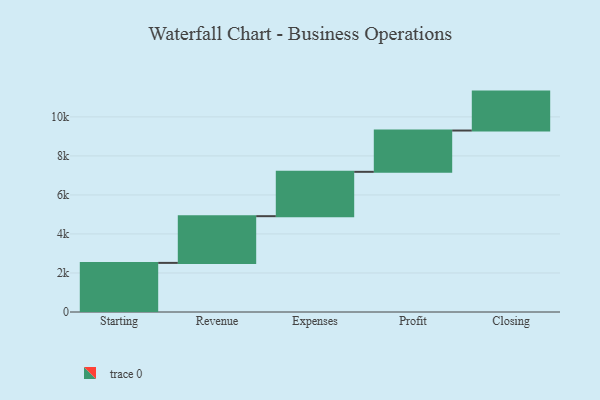
{"axis": {"x": "Step", "y": "Value"}, "legend": [""], "data": [{"x": "Starting", "y": 2517.0, "type": ""}, {"x": "Revenue", "y": 2394.0, "type": ""}, {"x": "Expenses", "y": 2273.0, "type": ""}, {"x": "Profit", "y": 2117.0, "type": ""}, {"x": "Closing", "y": 1995.0, "type": ""}]}